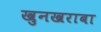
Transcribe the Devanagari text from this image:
खुनखराबा